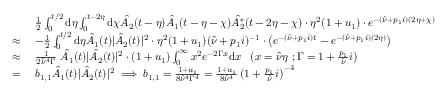
\begin{array} { r l } & { \frac { 1 } { 2 } \int _ { 0 } ^ { t / 2 } \mathrm { d } \eta \int _ { 0 } ^ { t - 2 \eta } \mathrm { d } \chi \hat { A _ { 2 } } ( t - \eta ) \hat { A _ { 1 } } ( t - \eta - \chi ) \hat { A _ { 2 } ^ { * } } ( t - 2 \eta - \chi ) \cdot \eta ^ { 2 } ( 1 + u _ { 1 } ) \cdot e ^ { - ( \hat { \nu } + p _ { 1 } i ) ( 2 \eta + \chi ) } } \\ { \approx \ } & { - \frac { 1 } { 2 } \int _ { 0 } ^ { t / 2 } \mathrm { d } \eta \hat { A _ { 1 } } ( t ) | \hat { A _ { 2 } } ( t ) | ^ { 2 } \cdot \eta ^ { 2 } ( 1 + u _ { 1 } ) ( \hat { \nu } + p _ { 1 } i ) ^ { - 1 } \cdot \left( e ^ { - ( \hat { \nu } + p _ { 1 } i ) t } - e ^ { - ( \hat { \nu } + p _ { 1 } i ) ( 2 \eta ) } \right) } \\ { \approx \ } & { \frac { 1 } { 2 \hat { \nu } ^ { 4 } \Gamma } \ \hat { A _ { 1 } } ( t ) | \hat { A _ { 2 } } ( t ) | ^ { 2 } \cdot ( 1 + u _ { 1 } ) \int _ { 0 } ^ { \infty } x ^ { 2 } e ^ { - 2 \Gamma x } \mathrm { d } x \ \ \left( x = \hat { \nu } \eta \ ; \Gamma = 1 + \frac { p _ { 1 } } { \hat { \nu } } i \right) } \\ { = \ } & { b _ { 1 , 1 } \hat { A _ { 1 } } ( t ) | \hat { A _ { 2 } } ( t ) | ^ { 2 } \implies b _ { 1 , 1 } = \frac { 1 + u _ { 1 } } { 8 \hat { \nu } ^ { 4 } \Gamma ^ { 4 } } = \frac { 1 + u _ { 1 } } { 8 \hat { \nu } ^ { 4 } } \left( 1 + \frac { p _ { 1 } } { \hat { \nu } } i \right) ^ { - 4 } } \end{array}